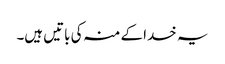
یہ خدا کے منہ کی باتیں ہیں۔